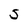
Character: S